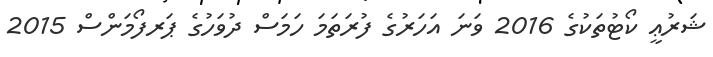
ޝަރުޢީ ކޯޓުތަކުގެ 2016 ވަނަ އަހަރުގެ ފުރަތަމަ ހަމަސް ދުވަހުގެ ޕަރފޯމަންސް 2015